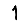
Digit: 1